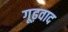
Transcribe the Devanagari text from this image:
गूढ़वाद